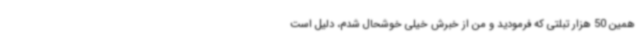
همین 50 هزار تبلتی که فرمودید و من از خبرش خیلی خوشحال شدم، دلیل است